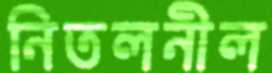
নিতলনীল